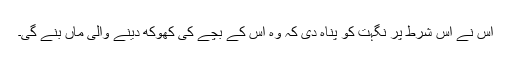
اس نے اس شرط پر نگہت کو پناہ دی کہ وہ اس کے بچے کی کھوکھ دینے والی ماں بنے گی۔